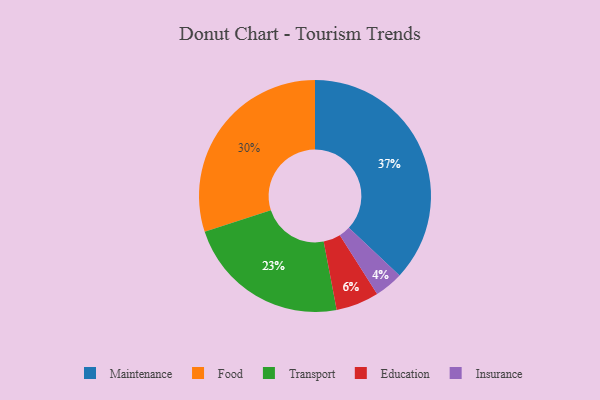
{"axis": {"x": "Category", "y": "Percentage"}, "legend": ["Education", "Food", "Insurance", "Maintenance", "Transport"], "data": [{"x": "Food", "y": 30, "type": "Food"}, {"x": "Transport", "y": 23, "type": "Transport"}, {"x": "Maintenance", "y": 37, "type": "Maintenance"}, {"x": "Education", "y": 6, "type": "Education"}, {"x": "Insurance", "y": 4, "type": "Insurance"}]}